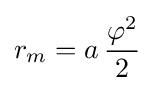
r_{m}=a\,{\frac {\varphi ^{2}}{2}}